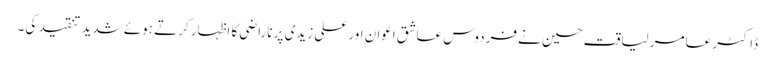
ڈاکٹر عامر لیاقت حسین نے فردوس عاشق اعوان اور علی زیدی پر ناراضی کا اظہار کرتے ہوئے شدید تنقید کی۔